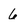
Character: 6